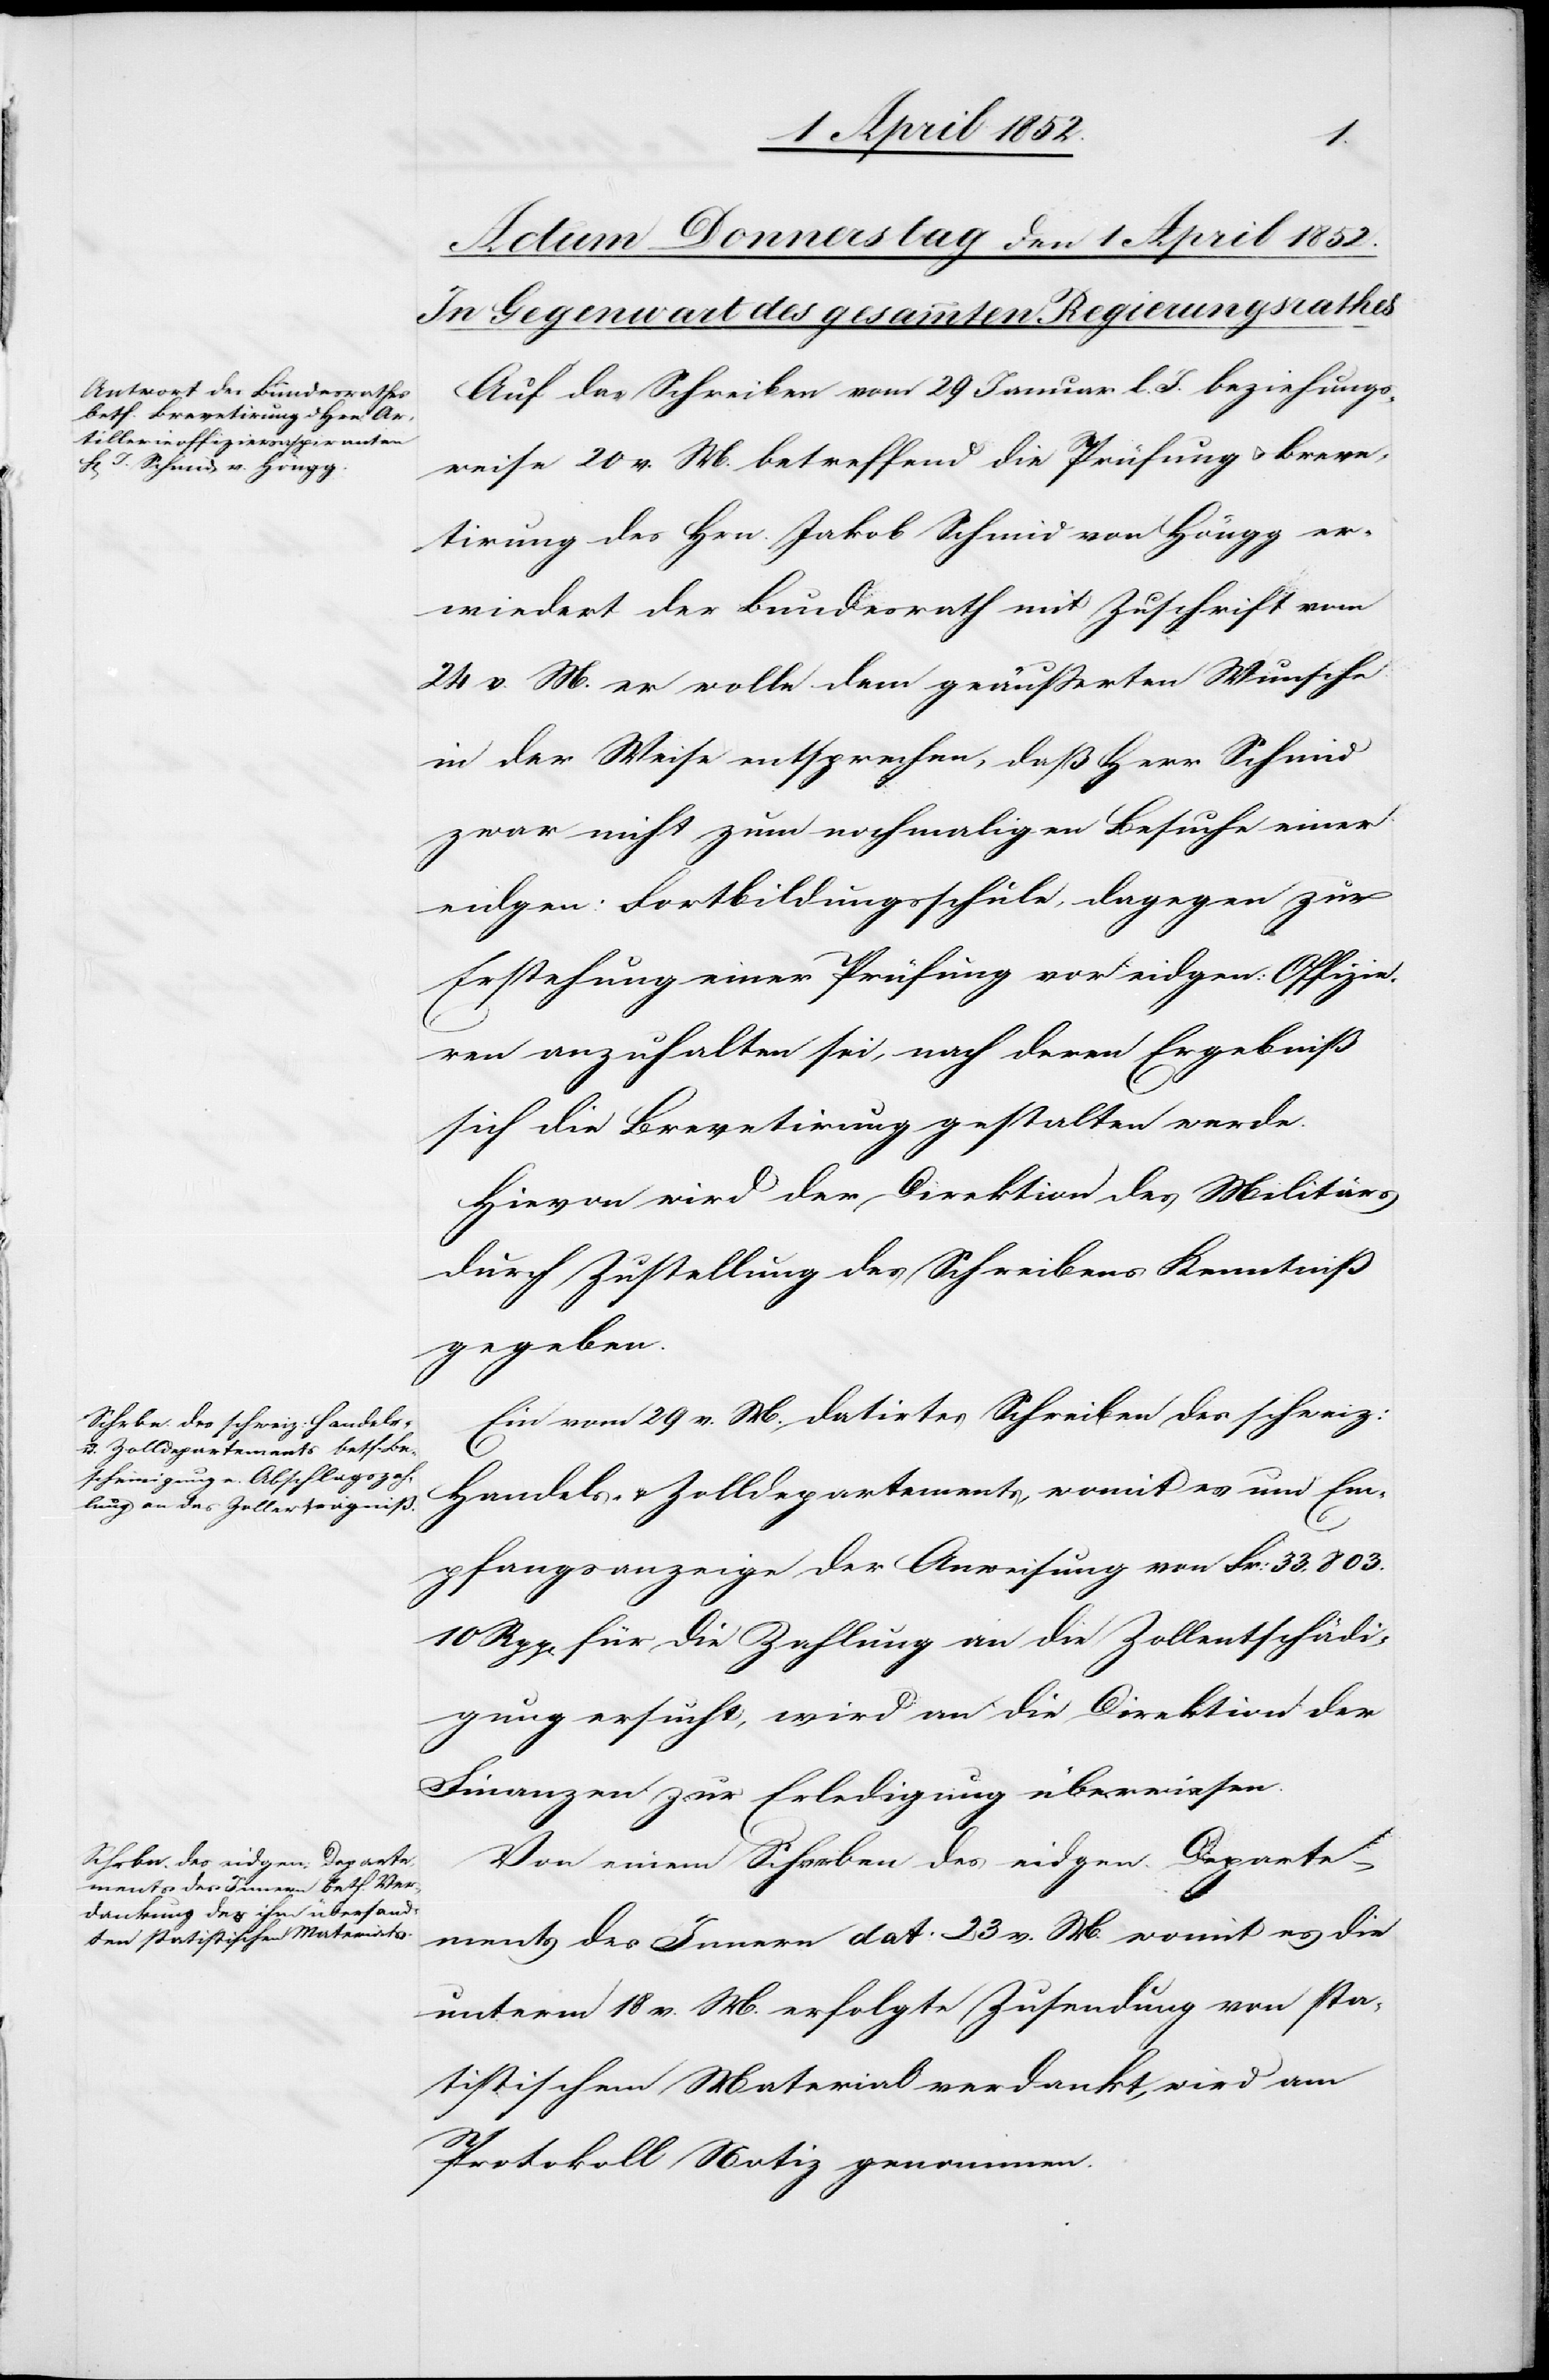
Auf das Schreiben vom 29 Januar l. J. beziehungs¬
weise 20 v. M. betreffend die Prüfung u. Breve¬
tirung des Hrn. Jakob Schmid von Höngg er¬
wiedert der Bundesrath mit Zuschrift vom
24 v. M. er wolle dem geäusserten Wunsche
in der Weise entsprechen, daß Herr Schmid
zwar nicht zum nochmaligen Besuche einer
eidgen: Fortbildungsschule, dagegen zur
Erstehung einer Prüfung vor eidgen: Offizie¬
ren anzuhalten sei, nach deren Ergebniß
sich die Brevetirung gestalten werde.
Hievon wird der Direktion des Militärs
durch Zustellung des Schreibens Kenntniß
gegeben.
Ein vom 29 v. M. datirtes Schreiben des schweiz:
Handels- & Zolldepartements, womit es um Em¬
pfangsanzeige der Anweisung von Fr: 33,803.
10 Rpp[en] für die Zahlung an die Zollentschädi¬
gung ersucht, wird an die Direktion der
Finanzen zur Erledigung überwiesen.
Von einem Schreiben des eidgen. Departe¬
ments des Innern dat: 23 v. M. womit es die
unterm 18 v. M. erfolgte Zusendung von sta¬
tistischem Material verdankt, wird am
Protokoll Notiz genommen.